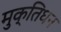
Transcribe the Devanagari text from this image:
मुक्तिधन